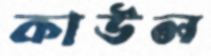
কাউল